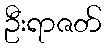
ဦးရာဇတ်